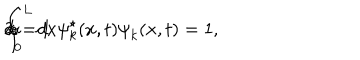
LaTeX: \int _ { 0 } ^ { \mathrm { L } } d x { \psi } _ { k } ^ { \star } ( x , t ) { \psi } _ { k } ( x , t ) = 1 , \hspace { 5 m m } k = 1 \hspace { 3 m m } \mathrm { o r } \hspace { 3 m m } 2 .